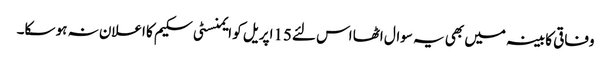
وفاقی کابینہ میں بھی یہ سوال اٹھا اس لئے15اپریل کو ایمنسٹی سکیم کا اعلان نہ ہو سکا۔